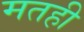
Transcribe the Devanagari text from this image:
मतही